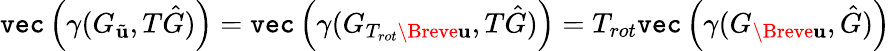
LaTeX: \texttt{vec}\left(\gamma(G_{\tilde{\mathbf{u}}},T\hat{G})\right)=\texttt{vec}\left(\gamma(G_{T_{rot}\Breve{\mathbf{u}}},T\hat{G})\right)=T_{rot}\texttt{vec}\left(\gamma(G_{\Breve{\mathbf{u}}},\hat{G})\right)